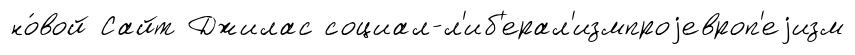
но́вой Сайт Джилас социал-л'иб'ерал'измпроjевроп'еjизм